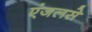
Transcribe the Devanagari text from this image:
एंजलसे